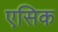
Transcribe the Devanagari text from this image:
एसिक